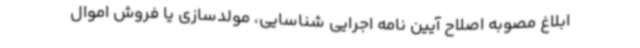
ابلاغ مصوبه اصلاح آیین نامه اجرایی شناسایی، مولدسازی یا فروش اموال